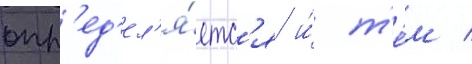
опр'ед'ел'я́етс'я и́ т'е́м /